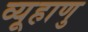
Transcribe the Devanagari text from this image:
व्यूहाणु